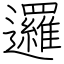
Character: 邏